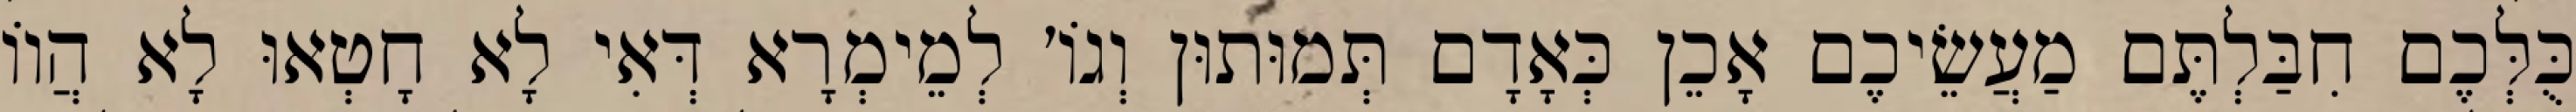
כֻּלְּכֶם חִבַּלְתֶּם מַעֲשֵׂיכֶם אָכֵן כְּאָדָם תְּמוּתוּן וְגוֹ׳ לְמֵימְרָא דְּאִי לָא חָטְאוּ לָא הֲווֹ